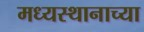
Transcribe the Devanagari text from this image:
मध्यस्थानाच्या